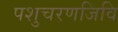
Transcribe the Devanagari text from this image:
पशुचरणजिवि